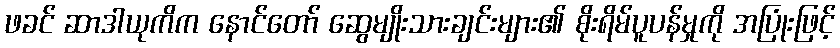
ဖခင် ဆာဒါယုကိက နောင်တော် ဆွေမျိုးသားချင်းများ၏ စိုးရိမ်ပူပန်မှုကို အပြုံးဖြင့်